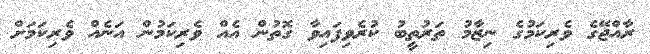
ރާއްޖޭގެ ވެރިކަމުގެ ނިޒާމު ތަރުތީބު ކުރެވިފައިވާ ގޮތުން އެއް ވެރިކަމުން އަނެއް ވެރިކަމަށް